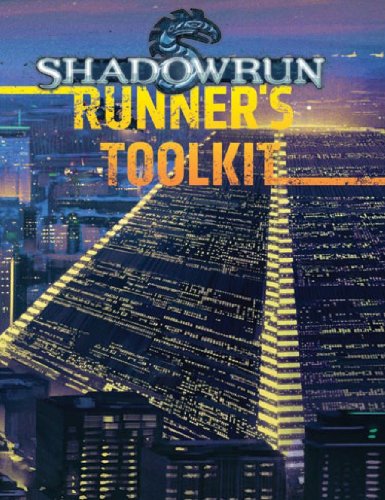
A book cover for Shadowrun Runners Toolkit; Catalyst Game Labs; Science Fiction & Fantasy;